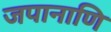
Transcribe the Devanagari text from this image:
जपानाणि